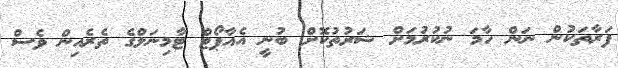
ފަރާތަކުން ނަން ހާމަ ނުކުރުމަށް ޝަރުތުކޮށް ބުނީ އެއާޕޯޓް ޓާމިނަލްގެ ތެރެއިން ވެސް